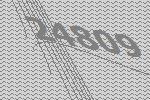
24809